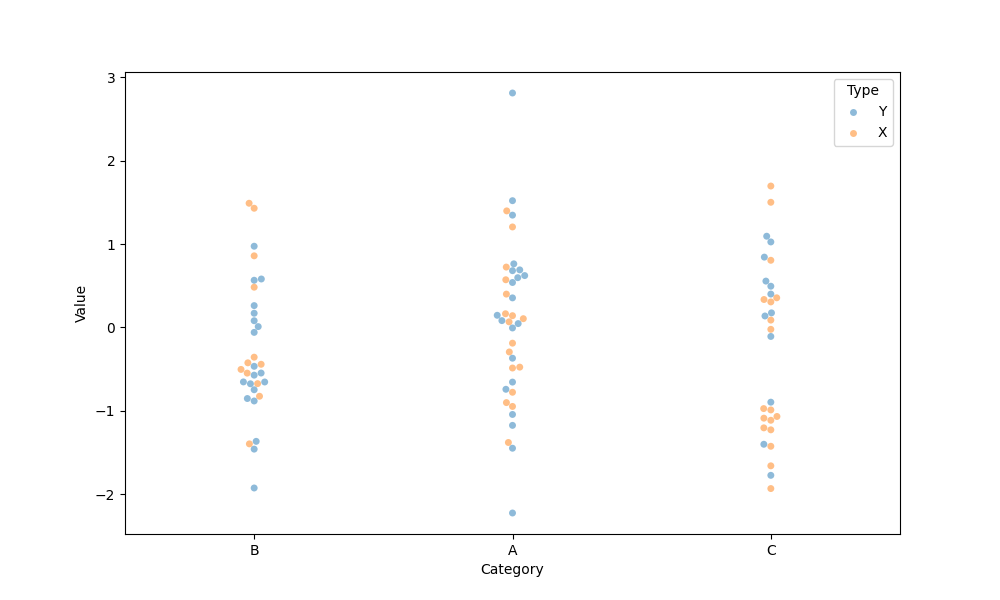
python, seaborn, swarmplot, dodge=False, alpha=0.5, size=5